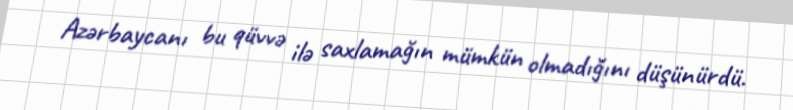
Azərbaycanı bu qüvvə ilə saxlamağın mümkün olmadığını düşünürdü.